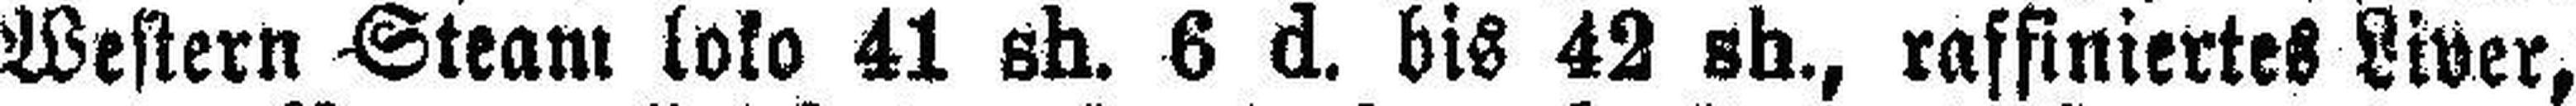
Western Steam loko 41 sh. 6 d. bis 42 sh., raffiniertes Liver,